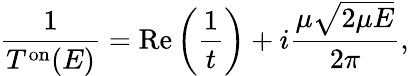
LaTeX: \frac{1}{T^{\mathrm{on}}(E)}=\mathrm{Re}\left(\frac{1}{t}\right)+i\frac{\mu\sqrt{2\mu E}}{2\pi},